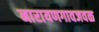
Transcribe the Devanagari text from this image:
नारायणगावजवळ